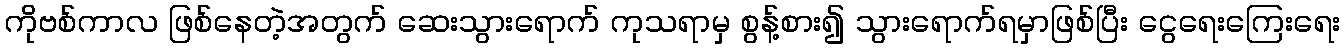
ကိုဗစ်ကာလ ဖြစ်နေတဲ့အတွက် ဆေးသွားရောက် ကုသရာမှ စွန့်စား၍ သွားရောက်ရမှာဖြစ်ပြီး ငွေရေးကြေးရေး